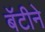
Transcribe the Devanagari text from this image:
बॅटीने